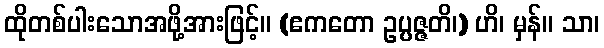
ထိုတစ်ပါးသောအဖို့အားဖြင့်။ (ဧကတော ဥပ္ပဇ္ဇတိ၊) ဟိ၊ မှန်။ သာ၊